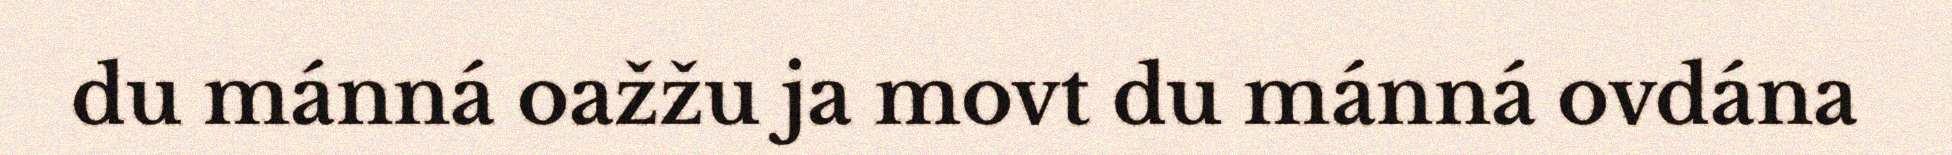
du mánná oažžu ja movt du mánná ovdána